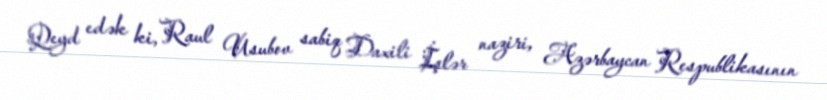
Qeyd edək ki, Raul Usubov sabiq Daxili İşlər naziri, Azərbaycan Respublikasının